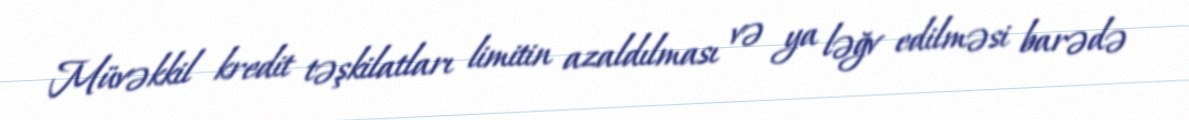
Müvəkkil kredit təşkilatları limitin azaldılması və ya ləğv edilməsi barədə